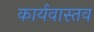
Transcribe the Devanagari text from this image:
कार्यवास्तव